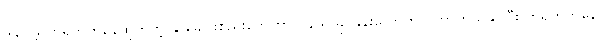
ဒါပေမဲ့ တရုတ်ကနေထုတ်တဲ့ နှာခေါင်းစည်းတွေဟာ ၂၄ ရာခိုင်နှုန်းလောက်ပဲ ကာကွယ်နိုင်ပြီး တရုတ်ကနေ